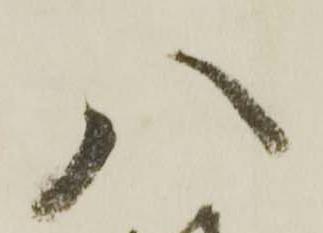
八